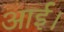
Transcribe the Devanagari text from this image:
आर्ई।